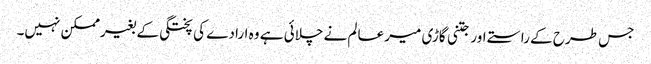
جس طرح کے راستے اور جتنی گاڑی میر عالم نے چلائی ہے وہ ارادے کی پختگی کے بغیرممکن نہیں۔